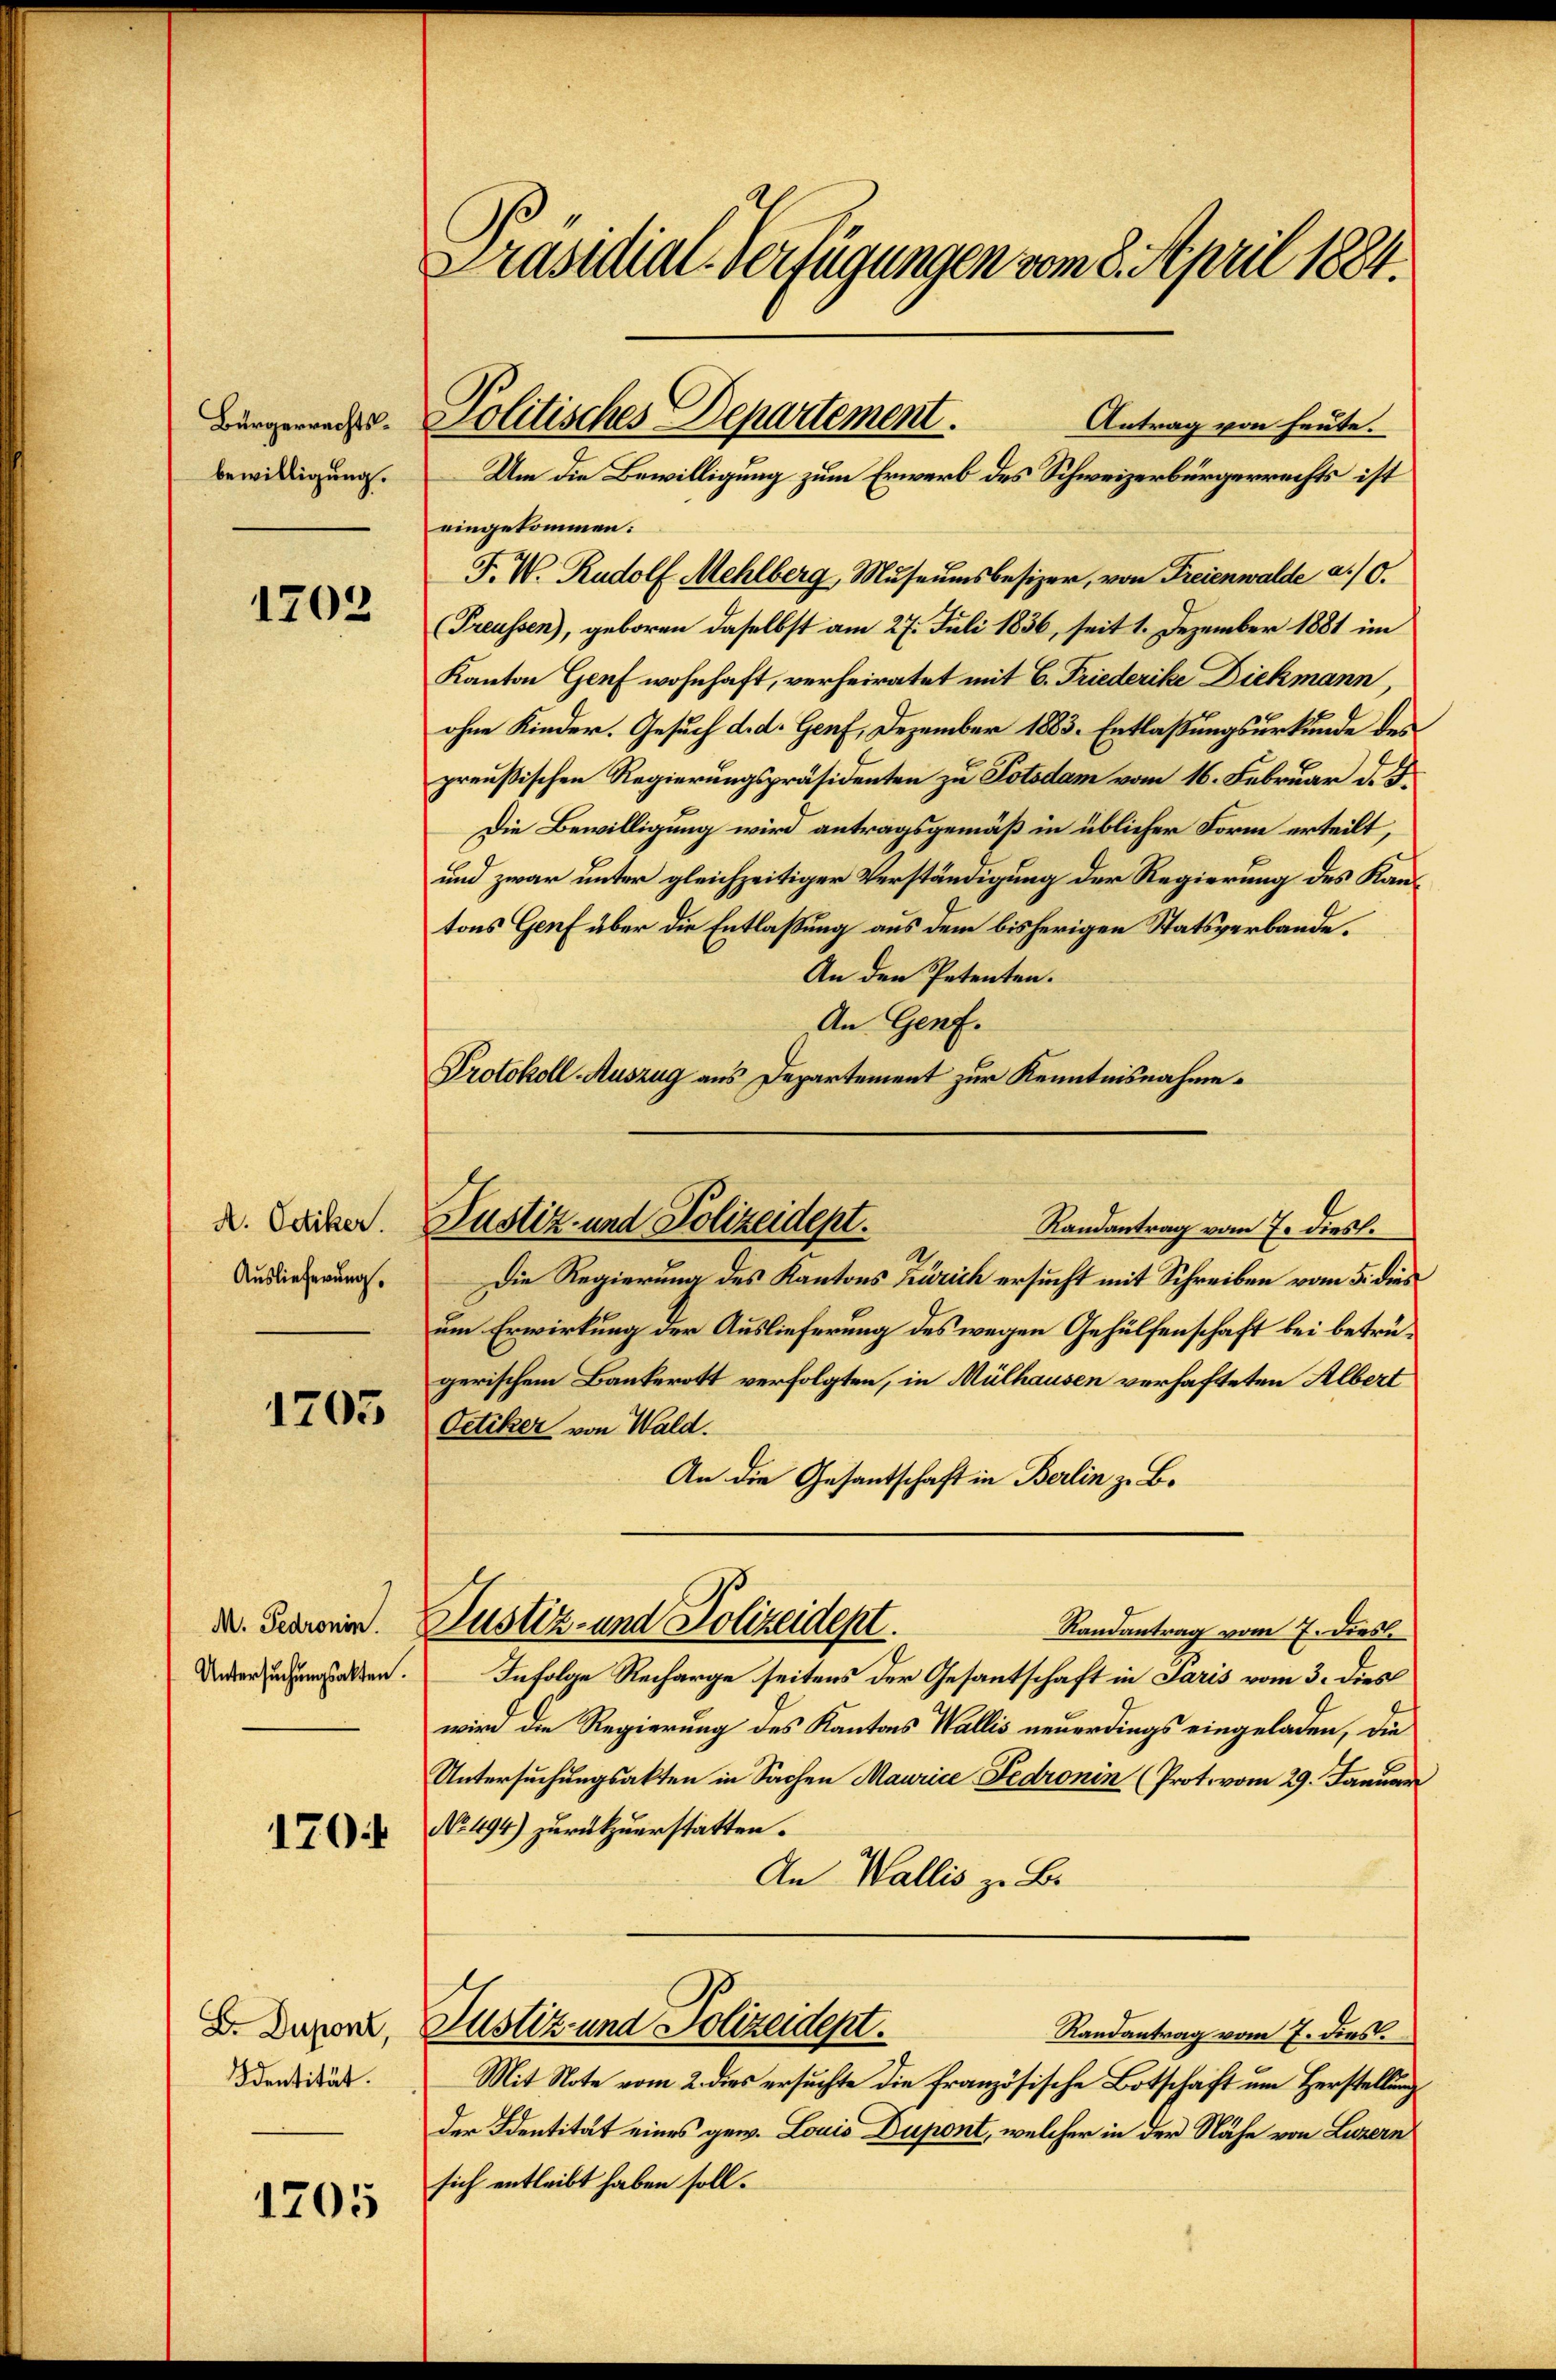
Bürgerrechtsbewilligung.

1702

A. Oetiker.
Auslieferung.

1205

M. Gedronin.
Untersuchungsakten.

170

B. Dupont,
Identität.

1705

Präsidial-Verfügungen vom 8. April 1884.

eingekommen:
F. W. Rudolf Mehlberg, Museumsbesizer, von Freienwalde a. 0.
Preussen), geboren daselbst am 27. Juli 1836, seit 1. Dezember 1881 im
Kanton Genf wohnhaft, verheiratet mit C. Friederike Dickmann,
ohne Kinder. Gesuch d. d. Genf, Dezember 1883. Entlaßungsurkunde des
preußischen Regierungspräsidenten zu Potsdam vom 16. Februar d. J.
Die Bewilligung wird antragsgemäß in üblicher Form erteilt,
und zwar unter gleichzeitiger Verständigung der Regierung des Kantons Genf über die Entlaßung aus dem bisherigen Statsverbande.
An den Petenten.
An Genf.
Protokoll-Auszug aus Departement zur Kenntnisnahme.
Die Regierung des Kantons Zürich ersucht mit Schreiben vom 5. dies
um Erwirkung der Auslieferung des wegen Gehülfenschaft bei betrügerischem Bankerott verfolgten, in Mülhausen verhafteten Albert
Oetiker von Wald.
An die Gesantschaft in Berlin z. B.
Justiz- und Polizeidept.
Randantrag vom 7. Diesl
Infolge Recharge seitens der Gesantschaft in Paris vom 3. dies
wird die Regierung des Kantons Wallis neuerdings eingeladen, die
Untersuchungsakten in Sachen Maurice Fedronin (Prot. vom 29. Januar
No. 494) zurückzuerstatten.
An Wallis zu Bi
Justiz und Polizeidept.
Randantrag vom 7. dies.
Mit Note vom 2. dies ersuchte die französische Botschaft um Herstellung
der Identität eines gew. Louis Dupont, welcher in der Nähe von Luzern
sich entleibt haben soll.

Politisches Departement.
Antrag von heute.
Um die Bewilligung zum Erwerb des Schweizerbürgerrechts ist

Justiz- und Polizeidept.
Randantrag vom 7. dies.